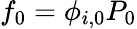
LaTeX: f_{0}=\phi_{i,0}P_{0}